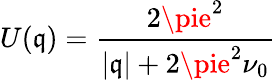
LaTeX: U(\mathfrak{q})=\frac{{2\pie^{2}}}{{|\mathbf{{\mathfrak{q}}}|+2\pie^{2}\nu_{0}}}